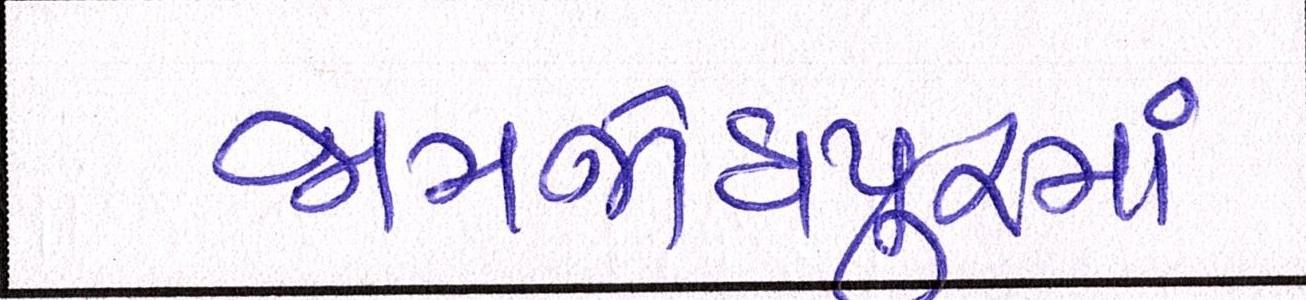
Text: જામજોધપુરમાં